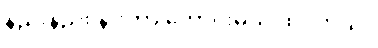
နည်းနည်း နားတာ ကောင်းမယ် ထင်တယ်။